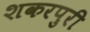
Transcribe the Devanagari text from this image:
शकरपुरी